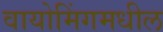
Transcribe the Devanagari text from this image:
वायोमिंगमधील